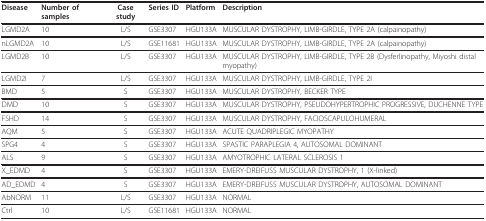
<table><thead><tr><td><b>Disease</b></td><td><b>Number of samples</b></td><td><b>Case study</b></td><td><b>Series ID</b></td><td><b>Platform</b></td><td><b>Description</b></td></tr></thead><tbody><tr><td>LGMD2A</td><td>10</td><td>L/S</td><td>GSE3307</td><td>HGU133A</td><td>MUSCULAR DYSTROPHY, LIMB-GIRDLE, TYPE 2A (calpainopathy)</td></tr><tr><td>nLGMD2A</td><td>10</td><td>L/S</td><td>GSE11681</td><td>HGU133A</td><td>MUSCULAR DYSTROPHY, LIMB-GIRDLE, TYPE 2A (calpainopathy)</td></tr><tr><td>LGMD2B</td><td>10</td><td>L/S</td><td>GSE3307</td><td>HGU133A</td><td>MUSCULAR DYSTROPHY, LIMB-GIRDLE, TYPE 2B (Dysferlinopathy, Miyoshi distal myopathy)</td></tr><tr><td>LGMD2I</td><td>7</td><td>L/S</td><td>GSE3307</td><td>HGU133A</td><td>MUSCULAR DYSTROPHY, LIMB-GIRDLE, TYPE 2I</td></tr><tr><td>BMD</td><td>5</td><td>S</td><td>GSE3307</td><td>HGU133A</td><td>MUSCULAR DYSTROPHY, BECKER TYPE</td></tr><tr><td>DMD</td><td>10</td><td>S</td><td>GSE3307</td><td>HGU133A</td><td>MUSCULAR DYSTROPHY, PSEUDOHYPERTROPHIC PROGRESSIVE, DUCHENNE TYPE</td></tr><tr><td>FSHD</td><td>14</td><td>S</td><td>GSE3307</td><td>HGU133A</td><td>MUSCULAR DYSTROPHY, FACIOSCAPULOHUMERAL</td></tr><tr><td>AQM</td><td>5</td><td>S</td><td>GSE3307</td><td>HGU133A</td><td>ACUTE QUADRIPLEGIC MYOPATHY</td></tr><tr><td>SPG4</td><td>4</td><td>S</td><td>GSE3307</td><td>HGU133A</td><td>SPASTIC PARAPLEGIA 4, AUTOSOMAL DOMINANT</td></tr><tr><td>ALS</td><td>9</td><td>S</td><td>GSE3307</td><td>HGU133A</td><td>AMYOTROPHIC LATERAL SCLEROSIS 1</td></tr><tr><td>X_EDMD</td><td>4</td><td>S</td><td>GSE3307</td><td>HGU133A</td><td>EMERY-DREIFUSS MUSCULAR DYSTROPHY, 1 (X-linked)</td></tr><tr><td>AD_EDMD</td><td>4</td><td>S</td><td>GSE3307</td><td>HGU133A</td><td>EMERY-DREIFUSS MUSCULAR DYSTROPHY, AUTOSOMAL DOMINANT</td></tr><tr><td>AbNORM</td><td>11</td><td>L/S</td><td>GSE3307</td><td>HGU133A</td><td>NORMAL</td></tr><tr><td>Ctrl</td><td>10</td><td>L/S</td><td>GSE11681</td><td>HGU133A</td><td>NORMAL</td></tr></tbody></table>